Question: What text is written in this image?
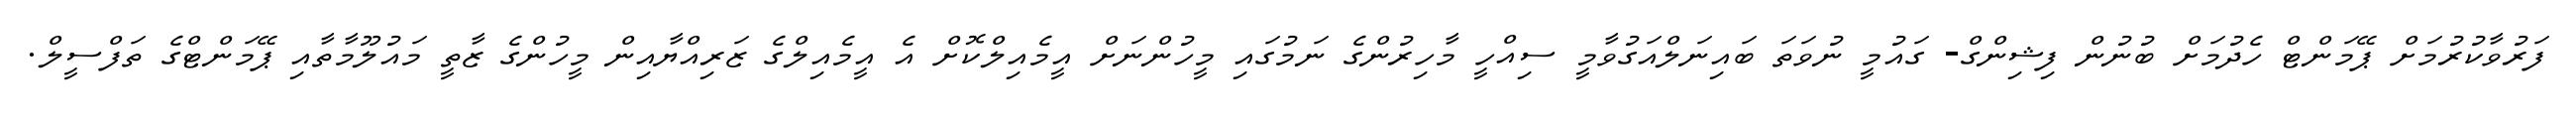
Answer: ފަރުވާކުރުމަށް ޕޭމަންޓް ހެދުމަށް ބުނުން ފިޝިންގް- ގައުމީ ނުވަތަ ބައިނަލްއަގުވާމީ ސިއްހީ މާހިރުންގެ ނަމުގައި މީހުންނަށް އީމެއިލްކޮށް އެ އީމެއިލްގެ ޒަރިއްޔާއިން މީހުންގެ ޒާތީ މައުލޫމާތާއި ޕޭމަންޓްގެ ތަފްސީލް.